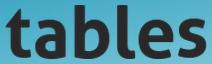
tables